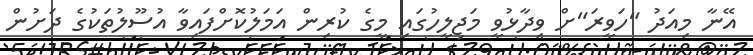
އޭނާ މިއަދު "ހަވީރަ"ށް ވިދާޅުވީ މަޖިލީހުގައި މީގެ ކުރިން އަމަލުކޮށްފައިވާ އުސޫލުތަކުގެ ދަށުން